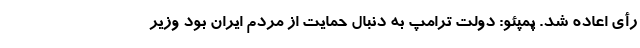
رأی اعاده شد. پمپئو: دولت ترامپ به دنبال حمایت از مردم ایران بود وزیر